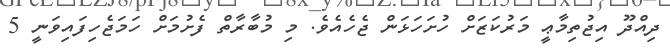
ދިއްދޫ އިޖުތިމާޢީ މަރުކަޒަށް ހުށަހަޅަން ޖެހެއެވެ. މި މުބާރާތް ފެށުމަށް ހަމަޖެހިފައިވަނީ 5